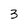
Character: 3